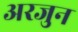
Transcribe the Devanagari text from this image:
अरजुन